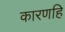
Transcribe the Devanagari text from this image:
कारणहि